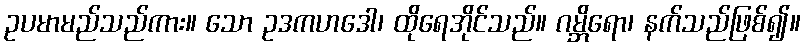
ဥပမာမည်သည်ကား။ သော ဥဒကဟဒေါ၊ ထိုရေအိုင်သည်။ ဂမ္ဘိရော၊ နက်သည်ဖြစ်၍။